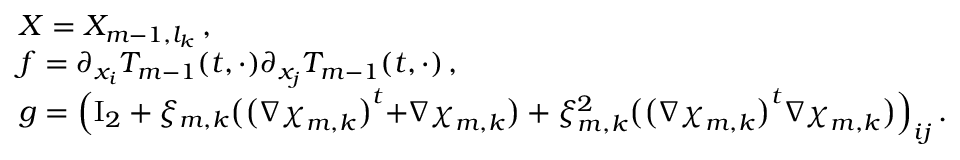
\begin{array} { r l } & { X = X _ { m - 1 , l _ { k } } \, , } \\ & { f = \partial _ { x _ { i } } T _ { m - 1 } ( t , \cdot ) \partial _ { x _ { j } } T _ { m - 1 } ( t , \cdot ) \, , } \\ & { g = \Bigl ( \ensuremath { \mathrm { I } _ { 2 } } + \xi _ { m , k } \bigl ( \bigl ( \nabla { \boldsymbol { \chi } } _ { m , k } \bigr ) ^ { t } { + } \nabla { \boldsymbol { \chi } } _ { m , k } \bigr ) + \xi _ { m , k } ^ { 2 } \bigl ( \bigl ( \nabla { \boldsymbol { \chi } } _ { m , k } \bigr ) ^ { t } \nabla { \boldsymbol { \chi } } _ { m , k } \bigr ) \Bigr ) _ { i j } \, . } \end{array}